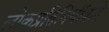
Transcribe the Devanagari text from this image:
लोकप्रतिनिधींकडे